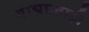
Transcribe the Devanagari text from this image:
बाह्यप्रवाही